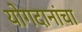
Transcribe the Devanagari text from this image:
योगदानांचा